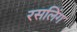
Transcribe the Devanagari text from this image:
रसलिंग